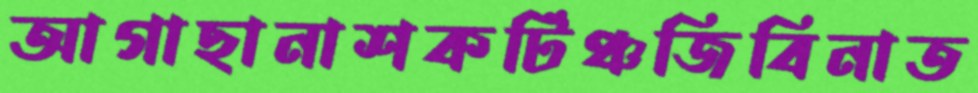
আগাছানাশকটিঞ্চজিবিনাত